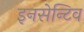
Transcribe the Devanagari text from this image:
इनसेन्टिव